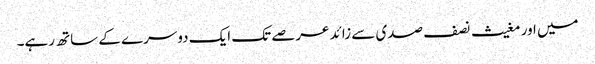
میں اور مغیث نصف صدی سے زائد عرصے تک ایک دوسرے کے ساتھ رہے۔